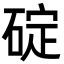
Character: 碇